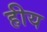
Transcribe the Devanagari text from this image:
हीय